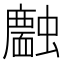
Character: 𧓣